Annual administration report of the Civil Veterinary Department of India - 1899-1900
Year: 1899
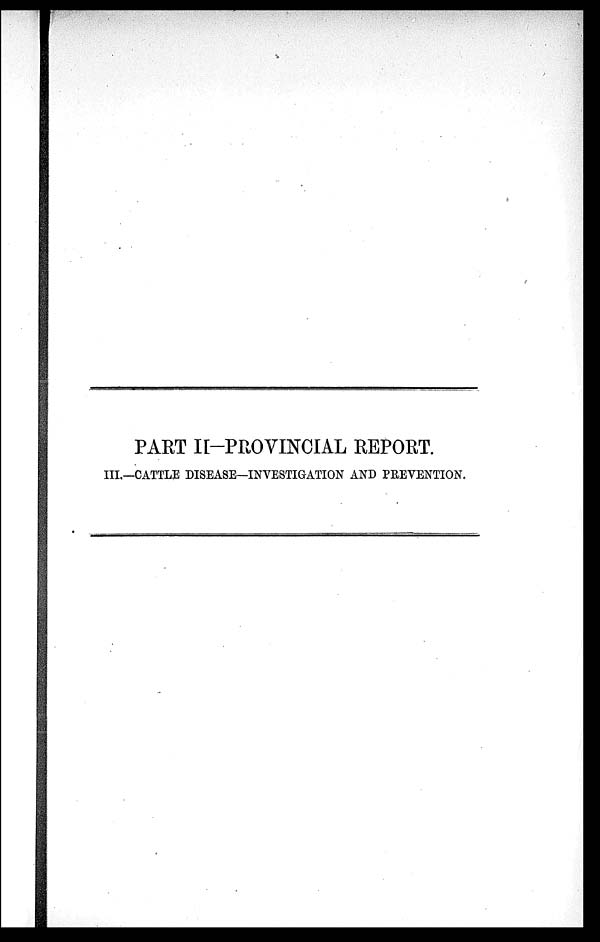
PART II—PROVINCIAL REPORT.
III.—CATTLE DISEASE—INVESTIGATION AND PREVENTION.